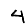
Digit: 4